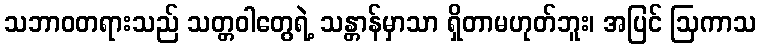
သဘာဝတရားသည် သတ္တဝါတွေရဲ့ သန္တာန်မှာသာ ရှိတာမဟုတ်ဘူး၊ အပြင် ဩကာသ